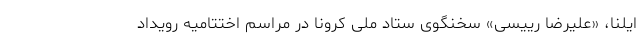
ایلنا، «علیرضا رییسی» سخنگوی ستاد ملی کرونا در مراسم اختتامیه رویداد